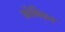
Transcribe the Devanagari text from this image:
फ़ोवियन